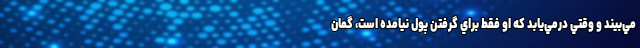
مي‌بيند و وقتي درمي‌يابد که او فقط براي گرفتن پول نيامده است، گمان